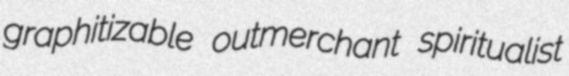
graphitizable outmerchant spiritualist